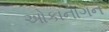
ઓકાનાગન